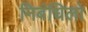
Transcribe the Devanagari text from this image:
निबंधिलो